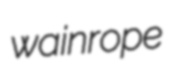
wainrope